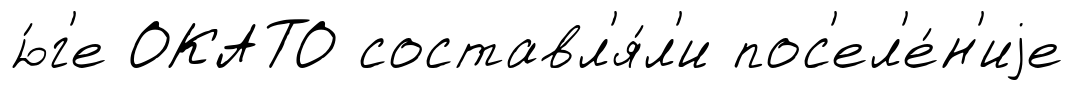
ю́г'е ОКАТО составл'я́л'и пос'ел'е́н'иjе